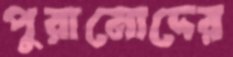
পুরানোদের